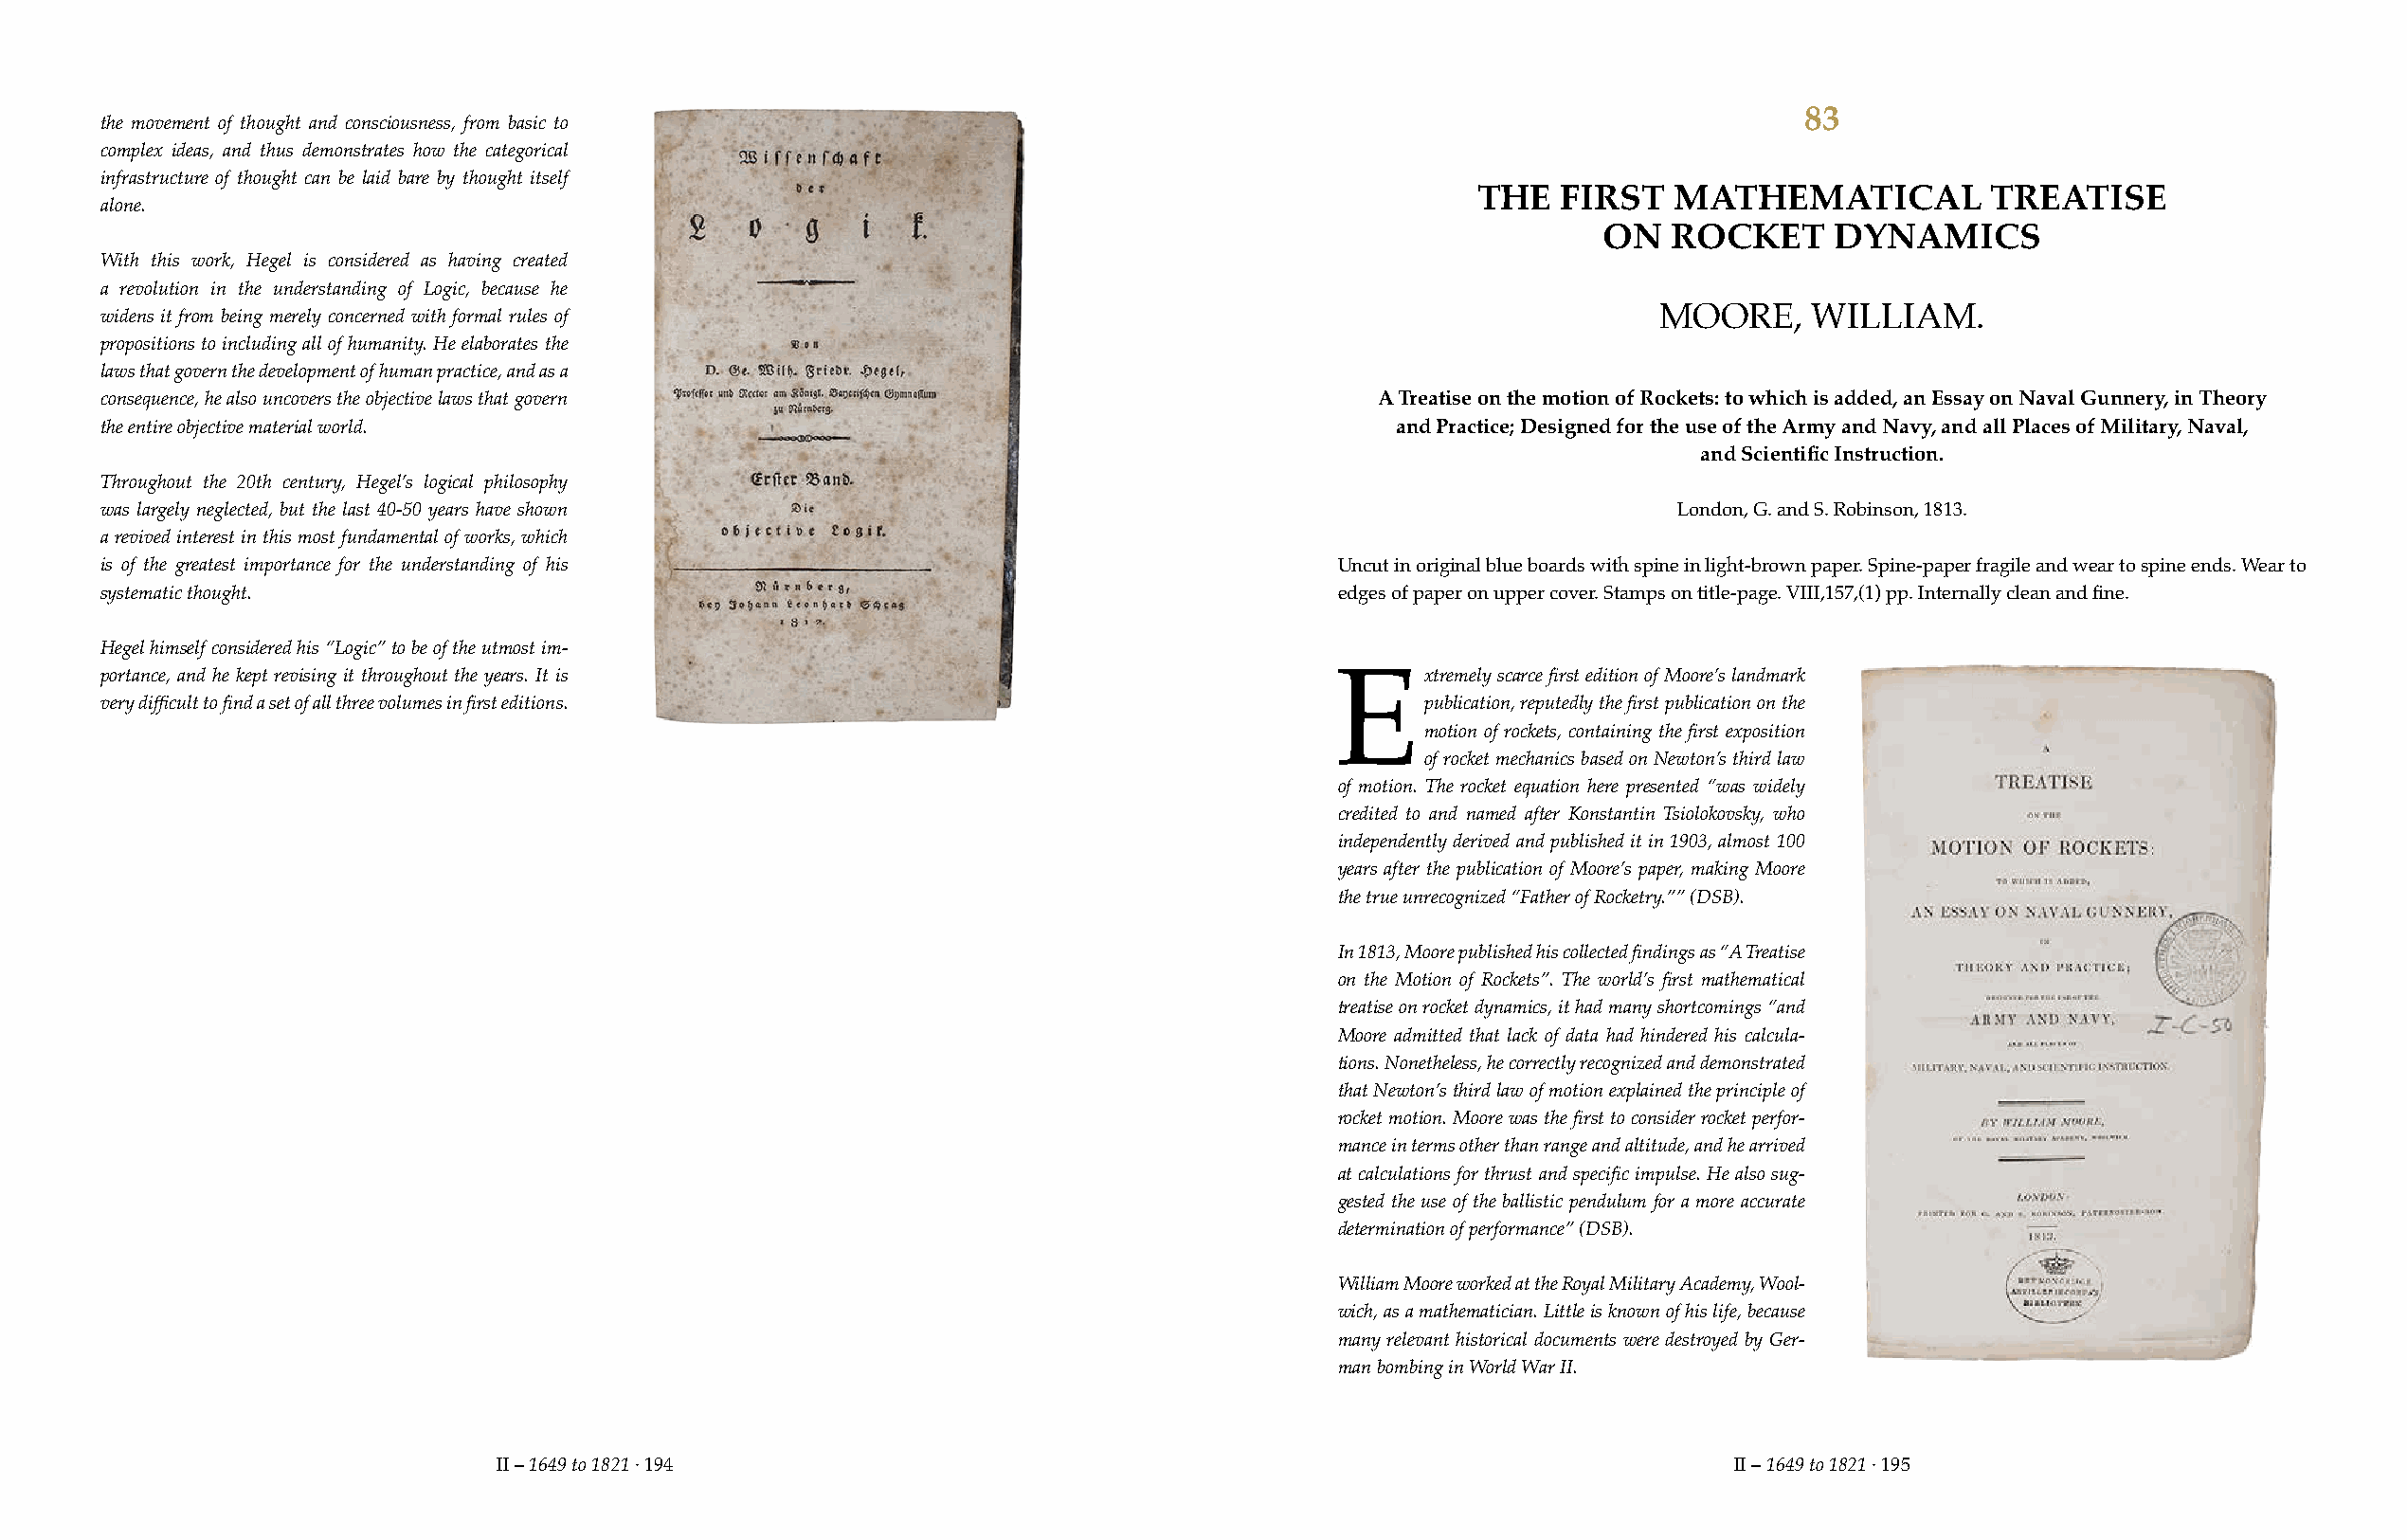
83
 the movement of thought and consciousness, from basic to
 complex ideas, and thus demonstrates how the categorical
 infrastructure of thought can be laid bare by thought itself
 THE   FIRST   MATHEMATICAL          TREATISE
 alone.
 ON   ROCKET     DYNAMICS
 With this work, Hegel is considered as having created
 a revolution in the understanding of Logic, because he
 widens it from being merely concerned with formal rules of                                                   MOORE,     WILLIAM.
 propositions to including all of humanity. He elaborates the
 laws that govern the development of human practice, and as a
 consequence, he also uncovers the objective laws that govern                             A Treatise on the motion of Rockets: to which is added, an Essay on Naval Gunnery, in Theory
 the entire objective material world.                                                      and Practice; Designed for the use of the Army and Navy, and all Places of Military, Naval,
 and Scientific Instruction.
 Throughout the 20th century, Hegel’s logical philosophy
 was largely neglected, but the last 40-50 years have shown                                                    London, G. and S. Robinson, 1813.
 a revived interest in this most fundamental of works, which
 is of the greatest importance for the understanding of his                            Uncut in original blue boards with spine in light-brown paper. Spine-paper fragile and wear to spine ends. Wear to
 systematic thought.                                                                   edges of paper on upper cover. Stamps on title-page. VIII,157,(1) pp. Internally clean and fine.
 Hegel himself considered his “Logic” to be of the utmost im-
 portance, and he kept revising it throughout the years. It is                               xtremely scarce first edition of Moore’s landmark
 E
 very difficult to find a set of all three volumes in first editions.                        publication, reputedly the first publication on the
 motion of rockets, containing the first exposition
 of rocket mechanics based on Newton’s third law
 of motion. The rocket equation here presented “was widely
 credited to and named after Konstantin Tsiolokovsky, who
 independently derived and published it in 1903, almost 100
 years after the publication of Moore’s paper, making Moore
 the true unrecognized “Father of Rocketry.”” (DSB).
 In 1813, Moore published his collected findings as “A Treatise
 on the Motion of Rockets”. The world’s first mathematical
 treatise on rocket dynamics, it had many shortcomings “and
 Moore admitted that lack of data had hindered his calcula-
 tions. Nonetheless, he correctly recognized and demonstrated
 that Newton’s third law of motion explained the principle of
 rocket motion. Moore was the first to consider rocket perfor-
 mance in terms other than range and altitude, and he arrived
 at calculations for thrust and specific impulse. He also sug-
 gested the use of the ballistic pendulum for a more accurate
 determination of performance” (DSB).
 William Moore worked at the Royal Military Academy, Wool-
 wich, as a mathematician. Little is known of his life, because
 many relevant historical documents were destroyed by Ger-
 man bombing in World War II.
 II – 1649 to 1821 · 194                                                               II – 1649 to 1821 · 195